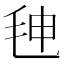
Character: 𰚒